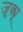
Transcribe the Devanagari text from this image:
जुक्यू